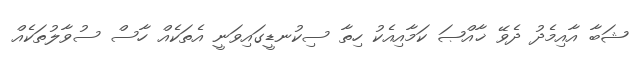
ޝަބާ އާއިމެދު ދެވޭ ޚާއްޞަ ކަމާއިއެކު ހިތާ ސިކުނޑީގައިވަނީ އެތަކެއް ހާސް ސުވާލުތަކެއް